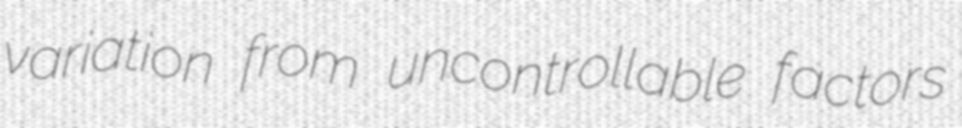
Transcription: variation from uncontrollable factors